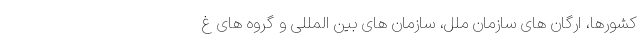
کشورها، اُرگان های سازمان ملل، سازمان های بین المللی و گروه های غ